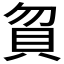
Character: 𰶶